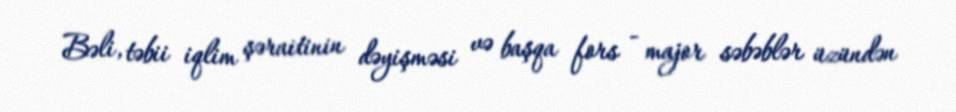
Bəli, təbii iqlim şəraitinin dəyişməsi və başqa fors - major səbəblər üzündən